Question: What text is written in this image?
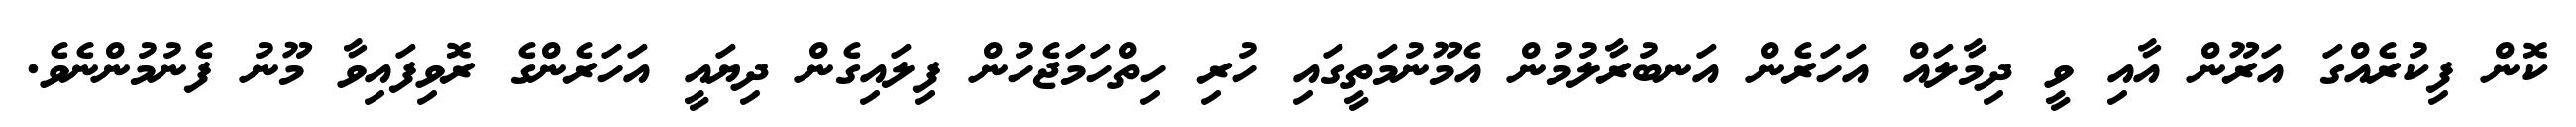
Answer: ކޮން ފިކުރެއްގަ އަރޫން އާއި ވީ ދިމާލައް އަހަރެން އަނބުރާލުމުން އެމޫނުމަތީގައި ހުރި ހިތްހަމަޖެހުން ފިލައިގެން ދިޔައީ އަހަރެންގެ ރޮވިފައިވާ މޫނު ފެނުމުންނެވެ.